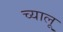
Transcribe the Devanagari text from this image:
च्यालू